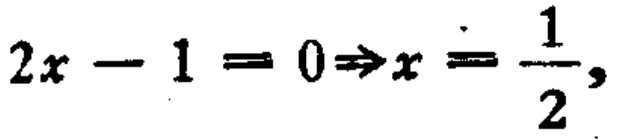
\(2x - 1 = 0\Rightarrow x = \frac{1}{2},\)